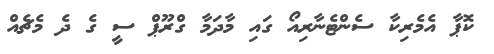
ކޮޕާ އެމެރިކާ ސެންޓެނާރިއޯ ގައި މާދަމާ ގްރޫޕް ސީ ގެ ދެ މެޗެއް